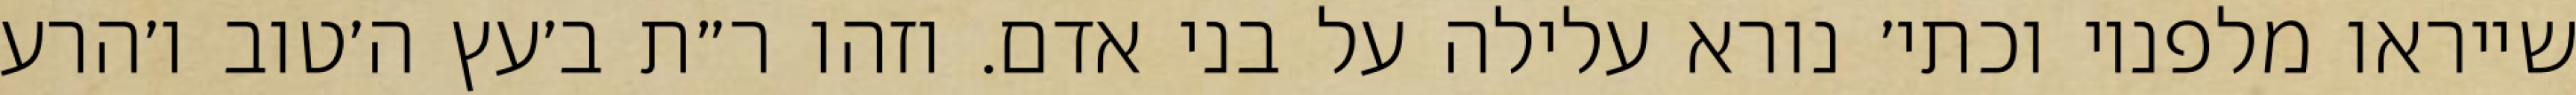
שייראו מלפניו וכתי׳ נורא עלילה על בני אדם. וזהו ר״ת ב׳עץ ה׳טוב ו׳הרע